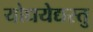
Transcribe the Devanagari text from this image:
योधयेद्यस्तु